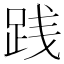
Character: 践